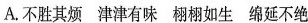
A.不胜其烦 津津有味 栩栩如生 绵延不绝